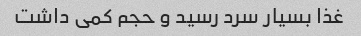
غذا بسیار سرد رسید و حجم کمی داشت